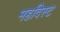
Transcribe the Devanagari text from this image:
महदिस्ट